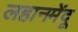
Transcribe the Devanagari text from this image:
लहानमेंदू